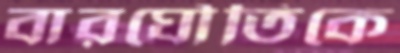
বারঘৌতিকে